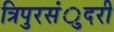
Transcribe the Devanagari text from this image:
त्रिपुरसंुदरी